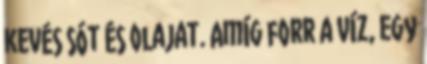
kevés sót és olajat. Amíg forr a víz, egy